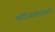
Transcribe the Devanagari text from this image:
कॉन्स्पिक्यूवस्ली